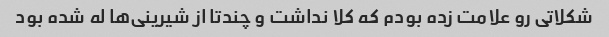
شکلاتی رو علامت زده بودم که کلا نداشت و چندتا از شیرینی‌ها له شده بود